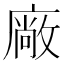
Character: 廠